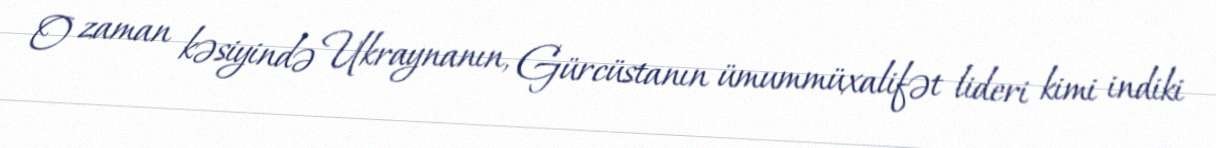
O zaman kəsiyində Ukraynanın, Gürcüstanın ümummüxalifət lideri kimi indiki